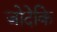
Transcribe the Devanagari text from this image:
जोदेकि